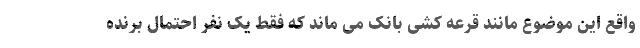
واقع این موضوع مانند قرعه کشی بانک می ماند که فقط یک نفر احتمال برنده